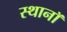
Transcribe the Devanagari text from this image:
स्थानॉ